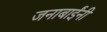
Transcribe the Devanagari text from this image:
जनाबाईंनी